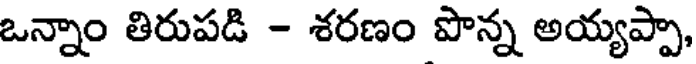
ఒన్నాం తిరుపడి - శరణం పొన్న అయ్యప్పా,